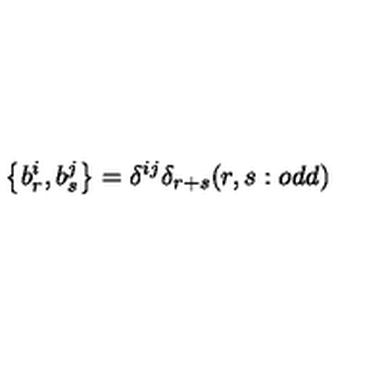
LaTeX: \left\{ b _ { r } ^ { i } , b _ { s } ^ { j } \right\} = \delta ^ { i j } \delta _ { r + s } ( r , s : o d d )